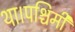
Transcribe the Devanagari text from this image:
था।पश्चिमी